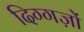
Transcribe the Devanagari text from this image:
दिग्गज़ों